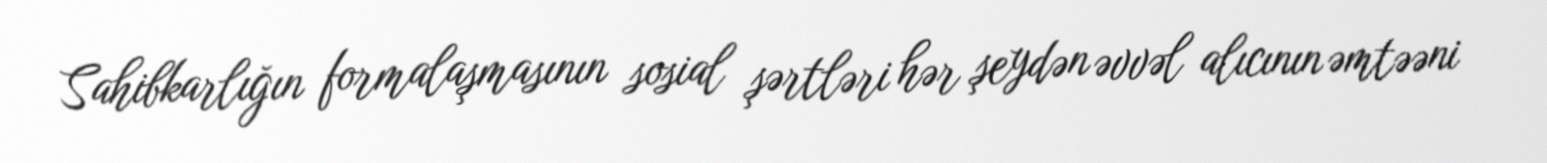
Sahibkarlığın formalaşmasının sosial şərtləri hər şeydən əvvəl alıcının əmtəəni